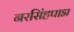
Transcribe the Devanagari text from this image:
नरसिंहपाद्म